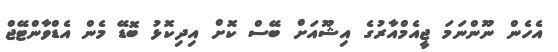
އެހެން ނޫންނަމަ ޖީއެމްއާރުގެ އިޝޫއަށް ބޭސް ކޮށް އިދިކޮޅު ބޮޑޭ މެން އެޑްވާންޓޭޖް